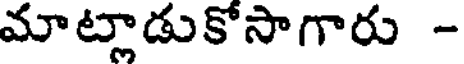
మాట్లాడుకోసాగారు -